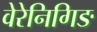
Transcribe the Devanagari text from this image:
वेरेनिगिङ